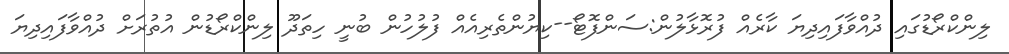
ލިންކްރޯޑުގައި ދުއްވާފައިދިޔަ ކާރެއް ފުރޮޅާލުން:ސަންފޮޓޯ--ކިޔުންތެރިއެއް ފުލުހުން ބުނީ ހިތަދޫ ލިންކްރޯޑުން އުތުރަށް ދުއްވާފައިދިޔަ